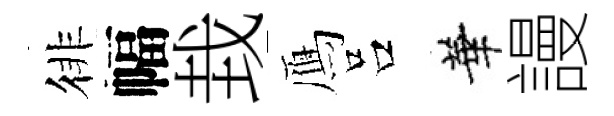
徘幅㘽鴈吕華謾